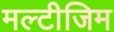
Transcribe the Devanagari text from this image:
मल्टीजिम